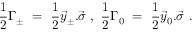
\frac { 1 } { 2 } \Gamma _ { \pm } \ = \ \frac { 1 } { 2 } \vec { y } _ { \pm } . \vec { \sigma } \ , \ \frac { 1 } { 2 } \Gamma _ { 0 } \ = \ \frac { 1 } { 2 } \vec { y } _ { 0 } . \vec { \sigma } \ .